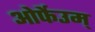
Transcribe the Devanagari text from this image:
ओर्फेउम्